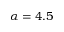
\alpha = 4 . 5